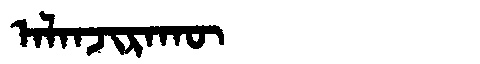
Manchu: ᠠᠯᠠᠨᠵᡳᡵᠠᡴᡡ
Romanization: ALANJIRAKŪ